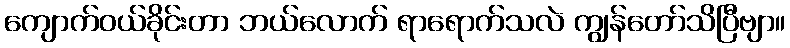
ကျောက်ဝယ်ခိုင်းတာ ဘယ်လောက် ရာရောက်သလဲ ကျွန်တော်သိပြီဗျာ။